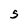
Character: S